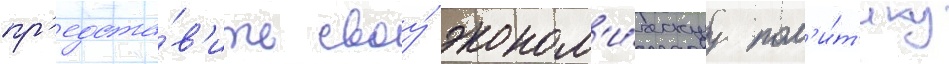
пр'едста́в'ить своу́ эконом'и́ческуу пол'и́т'ику